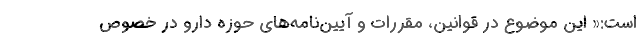
است:« این موضوع در قوانین، مقررات و آیین‌نامه‌های حوزه دارو در خصوص